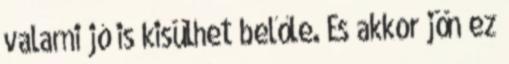
valami jó is kisülhet belőle. És akkor jön ez